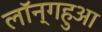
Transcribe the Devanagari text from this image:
लॉन्गहुआ